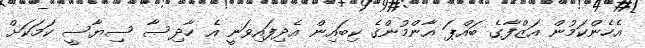
އެހެންކަމުން އަޒްފާގެ ބައްޕަ އާންމުންގެ ކިބައިން އެދިފައިވަނީ އެ ހާދިސާ ސިޔާސީ ކަމަކަށް